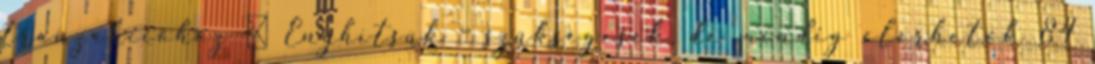
tranzakcióhoz ● Enyhítsük – szükségesek, de mindig elérhetők 84